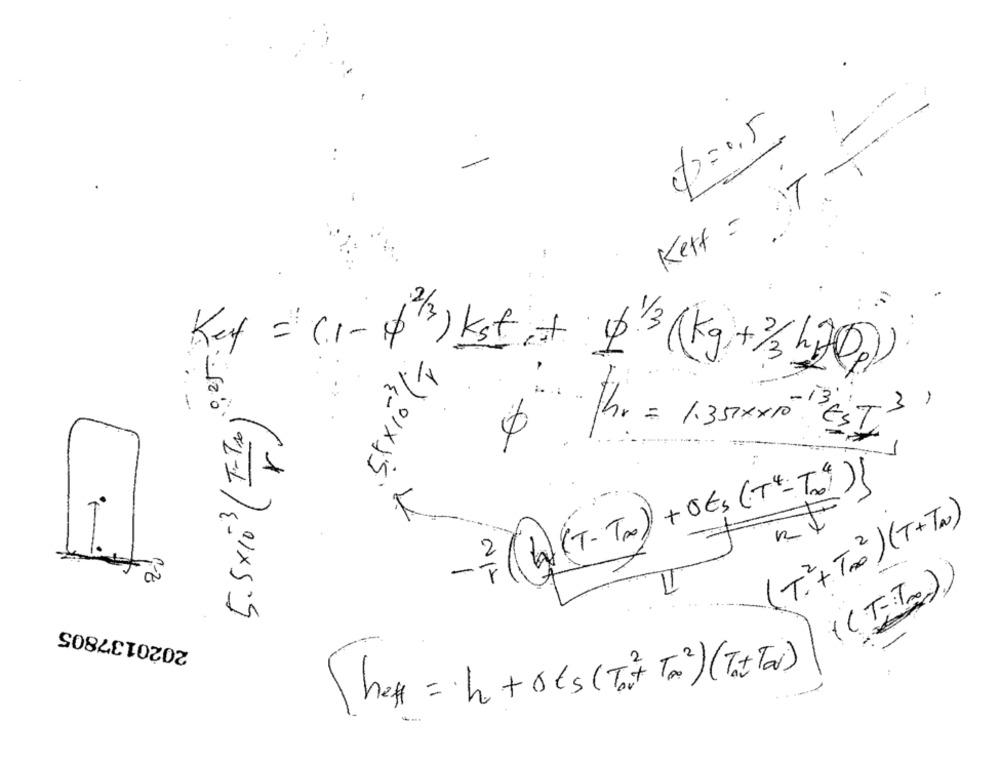
()=0.5
-
Kett = IT -
..
5.5x10(T)
Ref = (1-1)2) kst+ 13(kg+/3 h2o)
5.5x 10 3(=)
-
-
3 EST 3 )
$ /r = 1.357xx10"
1
(1)(T-TA)+OEs (T4=T="){
(T.+ Tro2) (T+TN)
2
-T
((TT))
2020137805
Thex = h + ots ( To+ To 3)(Tat To)